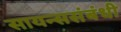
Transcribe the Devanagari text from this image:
सायन्ससंबंधी